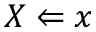
X \Leftarrow x